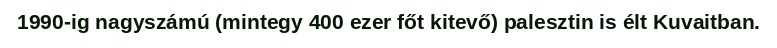
1990-ig nagyszámú (mintegy 400 ezer főt kitevő) palesztin is élt Kuvaitban.